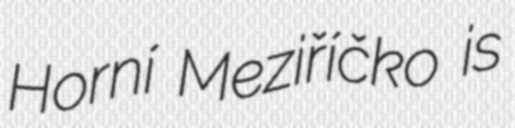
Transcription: Horní Meziříčko is